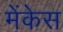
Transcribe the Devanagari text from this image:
मेंकेस